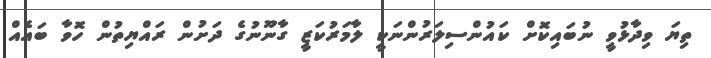
ތިޔަ ވިދާޅުވީ ނުބައިކޮށް ކައުންސިލަރުންނަކީ ލާމަރުކަޒީ ގާނޫނުގެ ދަށުން ރައްޔިތުން ހޮަވާ ބައެއް